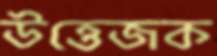
উত্তেজক